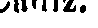
Cadiz.